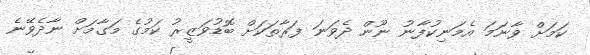
ކަމަށް ވާނަމަ އެމަނިކުފާނު ނޫން ދެވަނަ ފަރާތަކަށް ބޮޑުވަޒީރު ކަމުގެ މަގާމަށް ނާދެވޭނެ